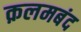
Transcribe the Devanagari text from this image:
क़लमबंद